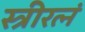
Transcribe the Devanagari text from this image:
स्त्रीरत्नं